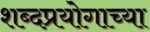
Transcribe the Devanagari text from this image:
शब्दप्रयोगाच्या